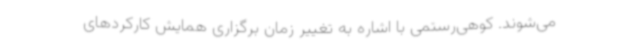
می‌شوند. کوهی‌رستمی با اشاره به تغییر زمان برگزاری همایش کارکردهای